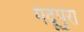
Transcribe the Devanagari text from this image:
गंदूपुरा